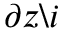
\partial z \backslash i